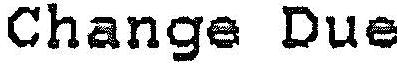
CHANGE DUE